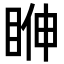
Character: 𥆓